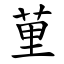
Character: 荲